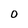
Character: 0